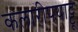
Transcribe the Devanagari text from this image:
कलारीपयाट्टू